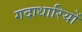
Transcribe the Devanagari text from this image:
गदाधारियों